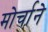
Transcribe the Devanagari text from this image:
मोर्चाने